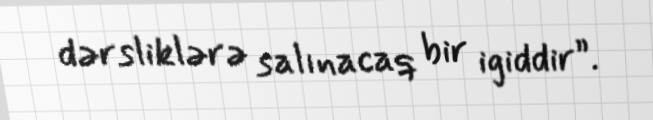
dərsliklərə salınacaq bir igiddir”.